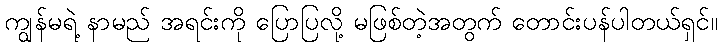
ကျွန်မရဲ့ နာမည် အရင်းကို ပြောပြလို့ မဖြစ်တဲ့အတွက် တောင်းပန်ပါတယ်ရှင်။